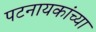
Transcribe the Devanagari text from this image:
पटनायकांच्या